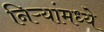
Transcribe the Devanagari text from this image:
निऱ्यांमध्ये